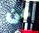
عن